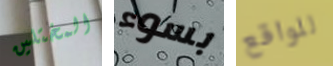
المختلين بسوء للواقع